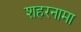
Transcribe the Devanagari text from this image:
शहरनामा